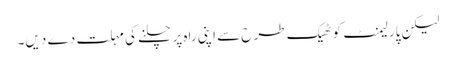
لیکن پارلیمنٹ کو ٹھیک طرح سے اپنی راہ پر چلنے کی مہلت دے دیں۔